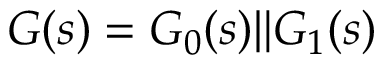
G ( s ) = G _ { 0 } ( s ) \Vert G _ { 1 } ( s )